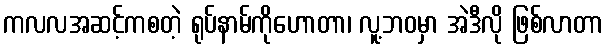
ကလလအဆင့်ကစတဲ့ ရုပ်နာမ်ကိုဟောတာ၊ လူ့ဘဝမှာ အဲဒီလို ဖြစ်လာတာ